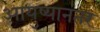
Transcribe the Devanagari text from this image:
आयुष्यानंतर